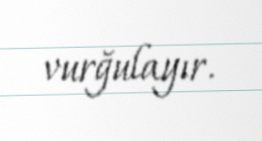
vurğulayır.